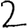
Digit: 2